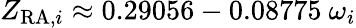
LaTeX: Z_{{\mathrm{RA}},i}\approx 0.29056-0.08775\ \omega_{i}